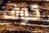
كوف